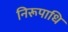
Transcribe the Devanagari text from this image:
निरूपाधि